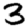
Digit: 3